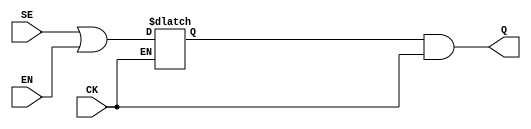
/*
Copyright (c) 2019 Alibaba Group Holding Limited

Permission is hereby granted, free of charge, to any person obtaining a copy of this software and associated documentation files (the "Software"), to deal in the Software without restriction, including without limitation the rights to use, copy, modify, merge, publish, distribute, sublicense, and/or sell copies of the Software, and to permit persons to whom the Software is furnished to do so, subject to the following conditions:

The above copyright notice and this permission notice shall be included in all copies or substantial portions of the Software.

THE SOFTWARE IS PROVIDED "AS IS", WITHOUT WARRANTY OF ANY KIND, EXPRESS OR IMPLIED, INCLUDING BUT NOT LIMITED TO THE WARRANTIES OF MERCHANTABILITY, FITNESS FOR A PARTICULAR PURPOSE AND NONINFRINGEMENT. IN NO EVENT SHALL THE AUTHORS OR COPYRIGHT HOLDERS BE LIABLE FOR ANY CLAIM, DAMAGES OR OTHER LIABILITY, WHETHER IN AN ACTION OF CONTRACT, TORT OR OTHERWISE, ARISING FROM, OUT OF OR IN CONNECTION WITH THE SOFTWARE OR THE USE OR OTHER DEALINGS IN THE SOFTWARE.

*/
module Standard_Cell_CLK_GATE(
Q, 
CK, 
EN, 
SE
);
   output Q;
   input CK;
   input EN;
   input SE;

wire	E;
reg	q_tmp;
assign E = SE | EN;

always @(E or CK)
begin 
    if(!CK)
	q_tmp = E;
end

assign Q = q_tmp & CK;


endmodule


module Standard_Cell_CLK_MUX2(
X, 
S, 
D0, 
D1
);
   output X;
   input S;
   input D0;
   input D1;

assign X = S ? D1 : D0;

endmodule